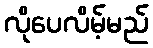
လိုပေလိမ့်မည်